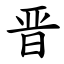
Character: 晋